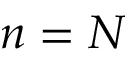
n = N